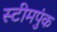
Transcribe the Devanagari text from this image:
स्टीमपुंक